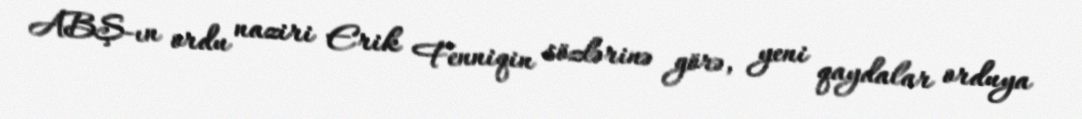
ABŞ-ın ordu naziri Erik Fenniqin sözlərinə görə, yeni qaydalar orduya